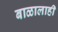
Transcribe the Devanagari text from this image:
बाळालाही